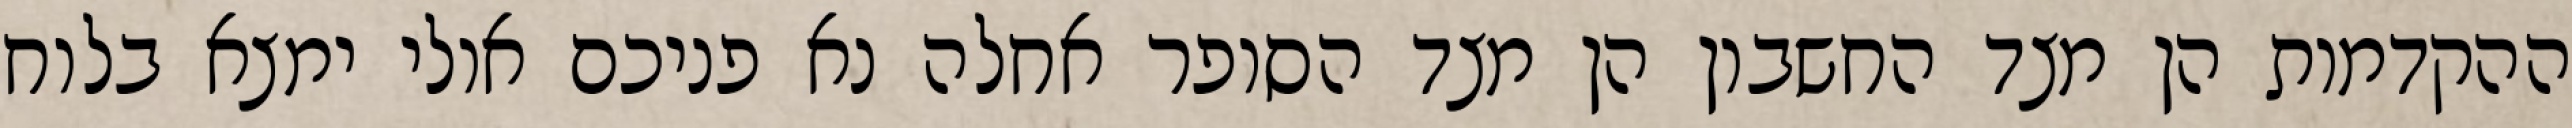
ההקדמות הן מצד החשבון הן מצד הסופר אחלה נא פניכם אולי ימצא בלוח